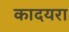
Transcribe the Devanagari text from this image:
कादयरा